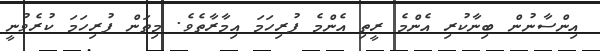
އިންސާނުން ބިނާކުރި އެންމެ ރީތި އެންމެ ފުރިހަމަ އިމާރާތެވެ. މިތަން ފުރިހަމަ ކުރެވުނީ